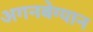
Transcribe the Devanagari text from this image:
अगनबेग्यान